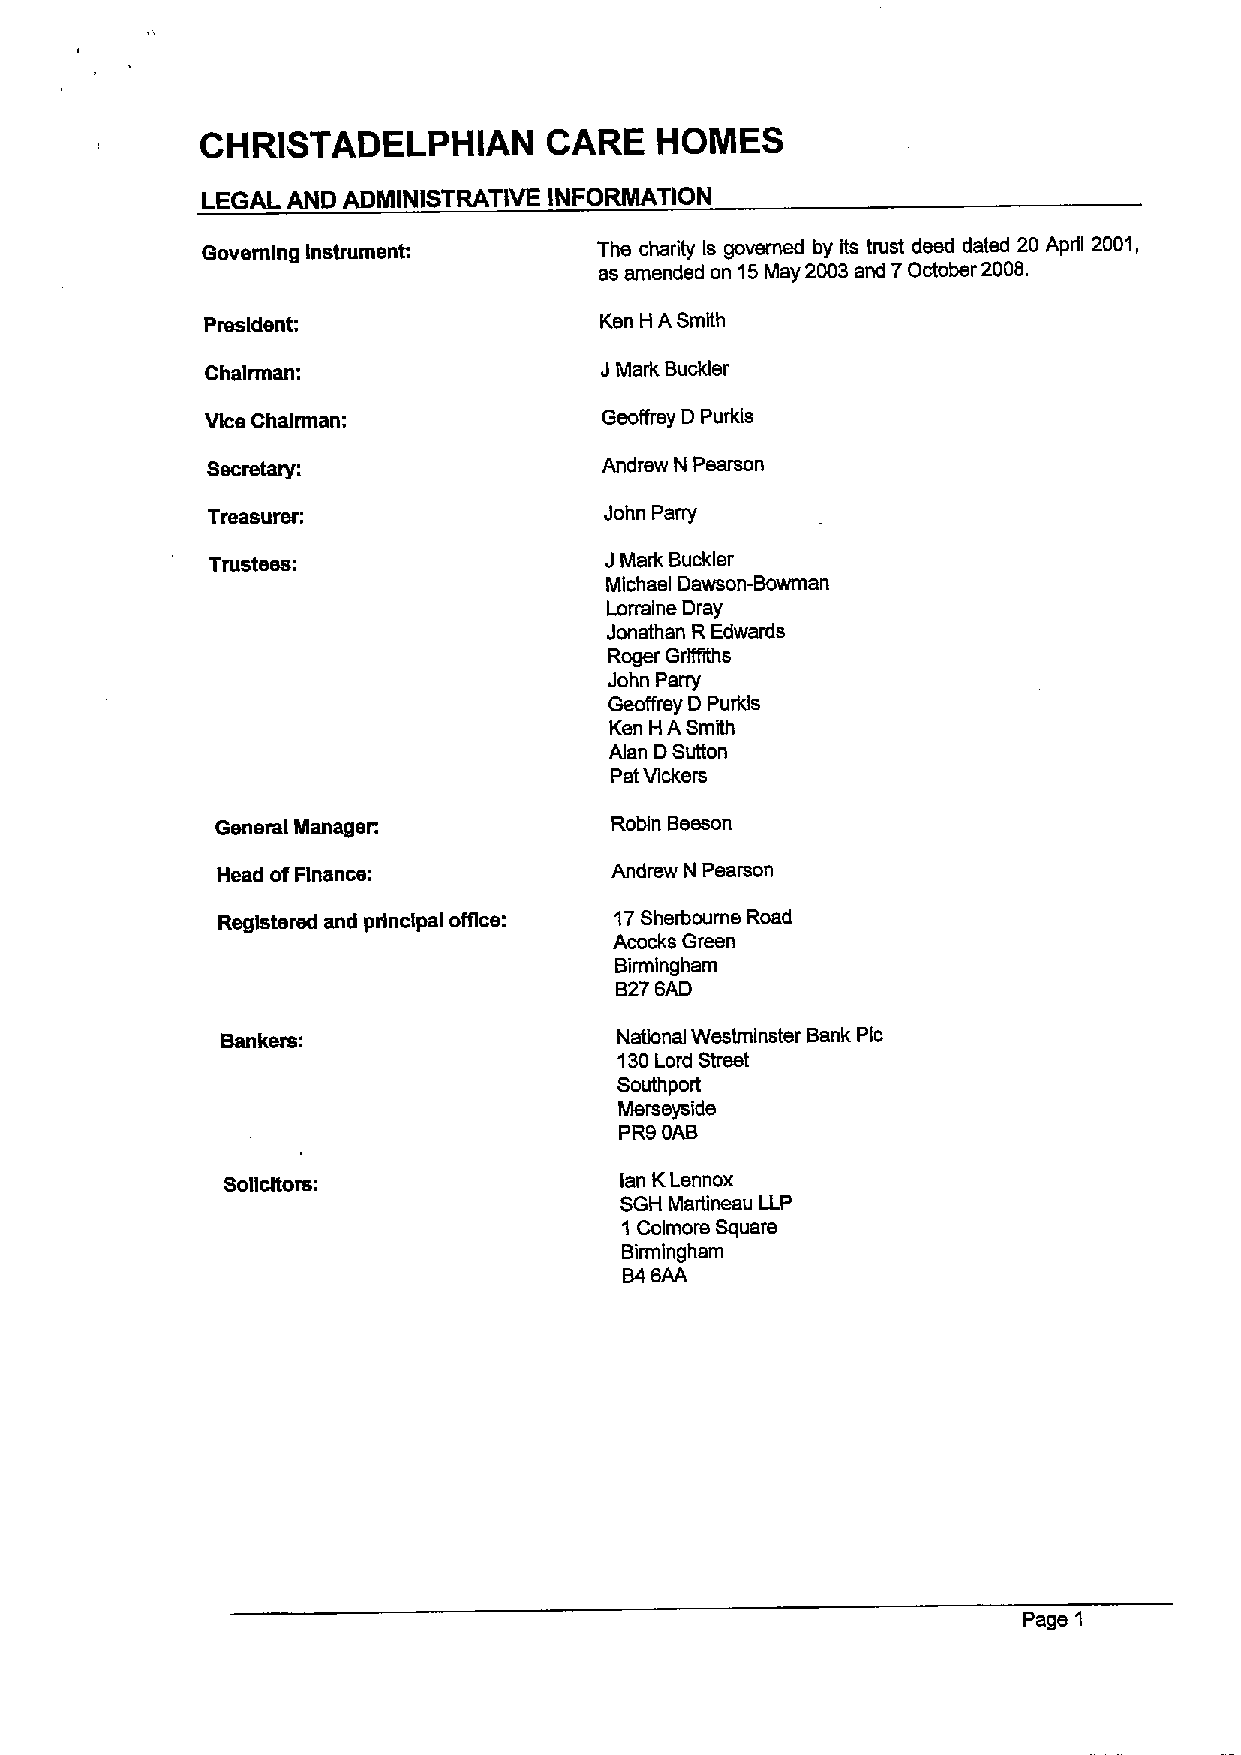
CHRISTADELPHIAN        CARE   HOMES
 LEGAL AND ADMINISTRATIVE INFORMATION
 Governing instrument:      The charity is governed by its trust deed dated 20 April 2001,
 as amended on 15May 2003and 7October 2008.
 President:                Ken H ASmith
 Chairman:                 JMark Buckler
 Vice Chairman:            Geoffrey D Purkis
 Secretary:                Andrew N Pearson
 Treasurer.                John Parry
 Trustees:                 JMark Buckler
 Michael Dawson-Bowman
 Lorraine Dray
 Jonathan REdwards
 Roger Grlffiths
 John Puny
 Geoffrey DPurkls
 Ken H ASmith
 Alan DSutton
 PatVlckers
 General Manager.          Robin Beeson
 Head ofFlounce:           Andrew N Pearson
 Registered and principal offic: 17Sherboume Road
 Acocks Green
 Birmingham
 B276AD
 National Westminster Bank Pic
 130Lord Street
 Southport
 Mereeyside
 PR9OAB
 Solicitors:               lan KLennox
 SGH Martlneau LLP
 1Colmore Square
 Birmingham
 B46AA
 Page 1